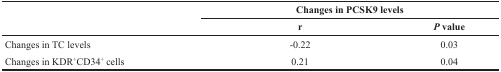
<table><thead><tr><td rowspan="2">[EMPTY_CELL]</td><td colspan="2"><b>Changes in PCSK9 levels</b></td></tr><tr><td><b>r</b></td><td><b><i>P</i> value</b></td></tr></thead><tbody><tr><td>Changes in TC levels</td><td>-0.22</td><td>0.03</td></tr><tr><td>Changes in KDR<sup>+</sup>CD34<sup>+</sup> cells</td><td>0.21</td><td>0.04</td></tr></tbody></table>